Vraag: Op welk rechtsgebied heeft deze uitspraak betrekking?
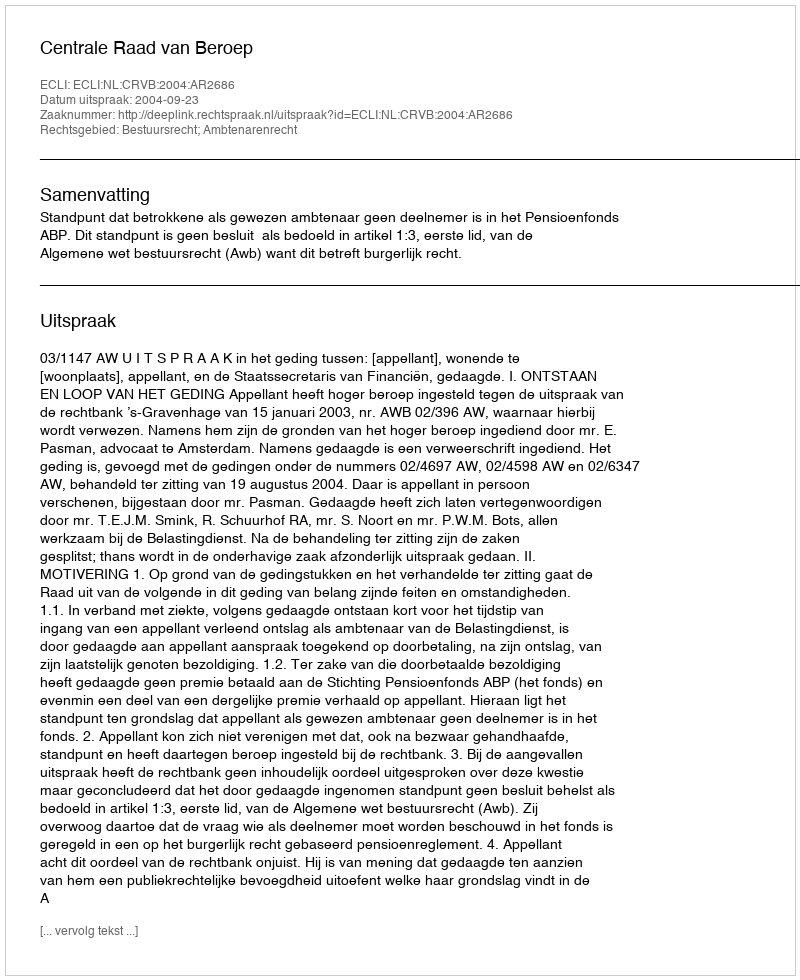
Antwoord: Bestuursrecht; Ambtenarenrecht